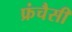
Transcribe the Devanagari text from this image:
फ्रंचैसी